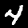
Label: 4